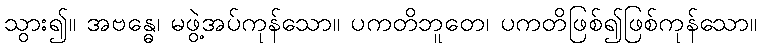
သွား၍။ အဗန္ဓေ၊ မဖွဲ့အပ်ကုန်သော။ ပကတိဘူတေ၊ ပကတိဖြစ်၍ဖြစ်ကုန်သော။